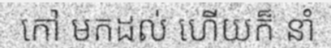
កៅ មកដល់ ហើយក៏ នាំ